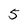
Character: 5